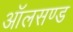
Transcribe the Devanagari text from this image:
ऑलसण्ड